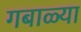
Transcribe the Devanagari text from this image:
गबाळ्या